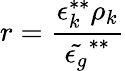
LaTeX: r=\frac{\epsilon_{k}^{**}\rho_{k}}{\tilde{\epsilon_{g}}^{**}}